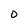
Character: D